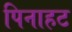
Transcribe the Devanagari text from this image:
पिनाहट